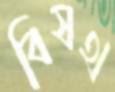
বিষথ